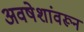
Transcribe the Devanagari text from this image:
अवषेशांवरून